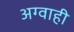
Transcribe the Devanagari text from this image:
अग्वाही